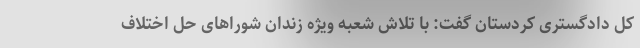
کل دادگستری کردستان گفت: با تلاش شعبه ویژه زندان شوراهای حل اختلاف